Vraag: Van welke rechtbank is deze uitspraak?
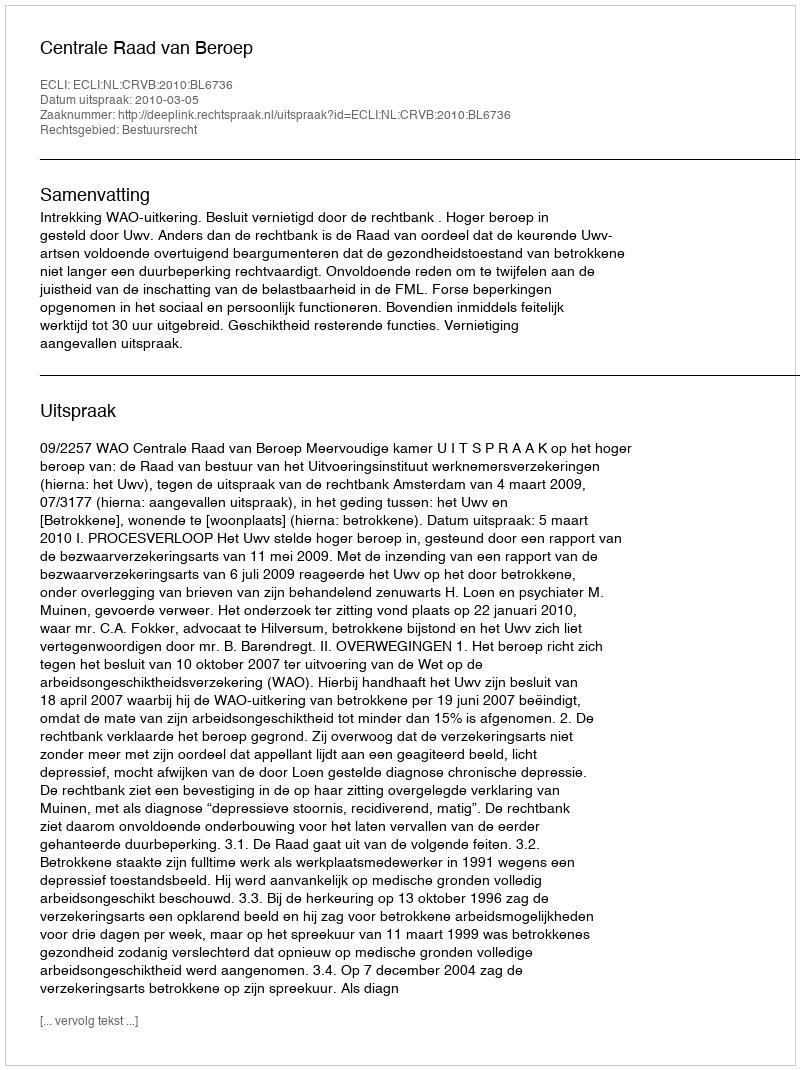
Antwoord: Centrale Raad van Beroep